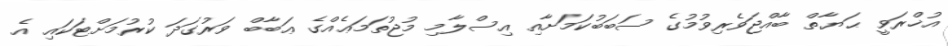
އުޚްރަވީ ޙަޔާތް ބާއްޖަވެރިވުމުގެ ސަބަބުކަމަށާއި އިސްލާމި މުޖުތަމަޢެއްގެ ޢަބާބް ވަރުގަދަ ކުރުމަށްޓަކައި އެ